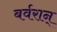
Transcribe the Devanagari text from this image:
बर्वरान्